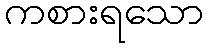
ကစားရသော